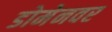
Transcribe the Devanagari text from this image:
डोमेनवर